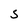
Character: S